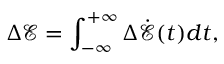
\Delta \mathcal { E } = \int _ { - \infty } ^ { + \infty } \Delta \dot { \mathcal { E } } ( t ) d t ,